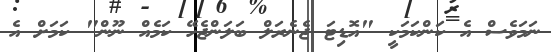
ނަމަވެސް އެ ކަންކަމަކީ "އޮޑިޓަ ޖެނެރަލް ބަލަންޖެހޭ ކަމެއް ނޫން" ކަމަށް އެ